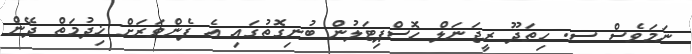
ނަމަވެސް ސ. ހިތަދޫ ރީޖަނަލް ހޮސްޕިޓަލުން ބުނިގޮތުގައި އެ ފެންވަރަށް ޚިދުމަތް ދޭން